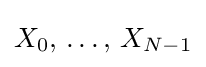
X_{0},\,\ldots ,\,X_{N-1}